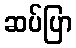
ဆပ်ပြာ